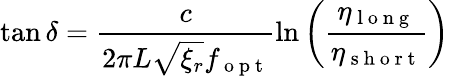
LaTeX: \tan\delta=\frac{c}{2\pi L\sqrt{\xi_{r}}f_{\mathrm{~o~p~t~}}}\ln\left(\frac{\eta_{\mathrm{~l~o~n~g~}}}{\eta_{\mathrm{~s~h~o~r~t~}}}\right)